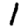
Digit: 1